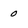
Character: 0